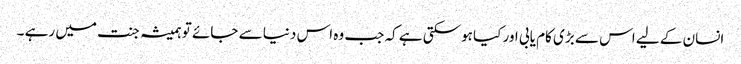
انسان کے لیے اس سے بڑی کام یابی اور کیا ہوسکتی ہے کہ جب وہ اس دنیا سے جائے تو ہمیشہ جنت میں رہے ۔